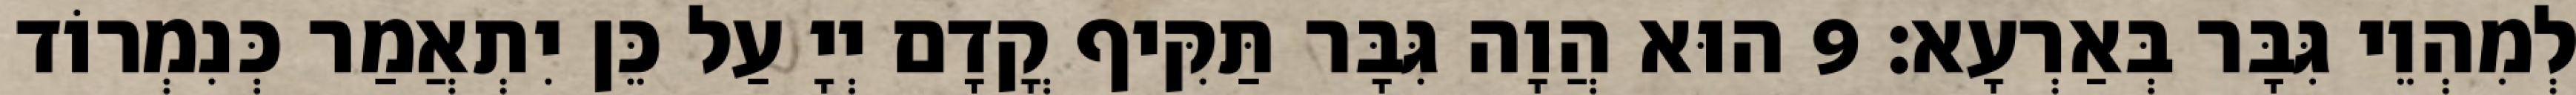
לְמִהְוֵי גִּבָּר בְּאַרְעָא׃ 9 הוּא הֲוָה גִּבָּר תַּקִּיף קֳדָם יְיָ עַל כֵּן יִתְאֲמַר כְּנִמְרוֹד